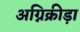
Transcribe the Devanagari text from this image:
अग्निक्रीड़ा